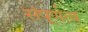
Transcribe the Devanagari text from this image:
संपूर्णत्व